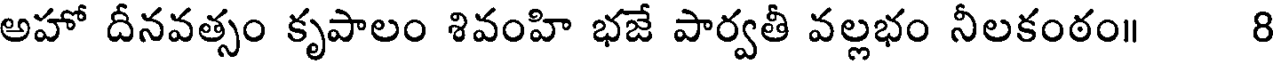
అహో దీనవత్సం కృపాలం శివంహి భజే పార్వతీ వల్లభం నీలకంఠం॥ 8